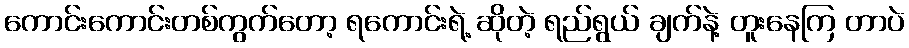
ကောင်းကောင်းတစ်ကွက်တော့ ရကောင်းရဲ့ ဆိုတဲ့ ရည်ရွယ် ချက်နဲ့ တူးနေကြ တာပဲ